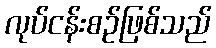
လုပ်ငန်းစဉ်ဖြစ်သည်